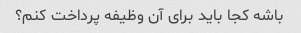
باشه کجا باید برای آن وظیفه پرداخت کنم؟